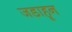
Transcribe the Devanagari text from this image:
जडाहून